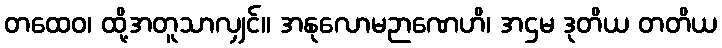
တထေဝ၊ ထို့အတူသာလျှင်။ အနုလောမဉာဏေဟိ၊ အဌမ ဒုတိယ တတိယ